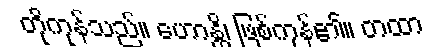
တိုကုန်သည်။ ဟောန္တိ၊ ဖြစ်ကုန်၏။ တထာ